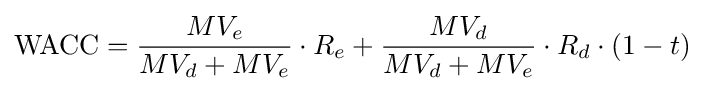
{\text{WACC}}={\frac {MV_{e}}{MV_{d}+MV_{e}}}\cdot R_{e}+{\frac {MV_{d}}{MV_{d}+MV_{e}}}\cdot R_{d}\cdot (1-t)